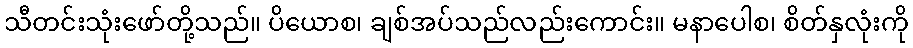
သီတင်းသုံးဖော်တို့သည်။ ပိယောစ၊ ချစ်အပ်သည်လည်းကောင်း။ မနာပေါစ၊ စိတ်နှလုံးကို